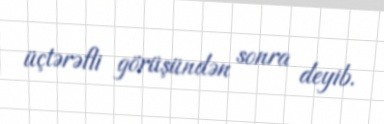
üçtərəfli görüşündən sonra deyib.